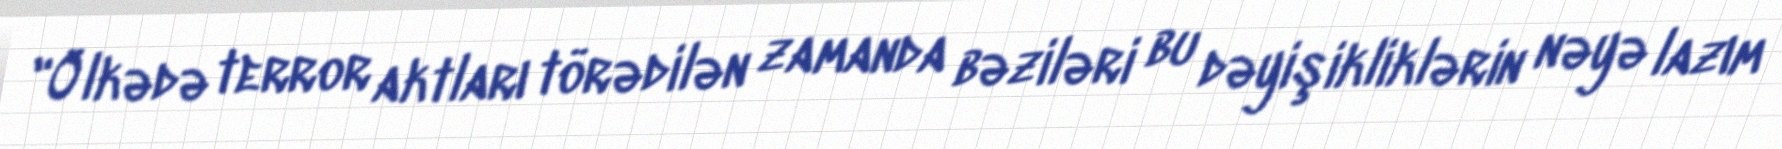
"Ölkədə terror aktları törədilən zamanda bəziləri bu dəyişikliklərin nəyə lazım